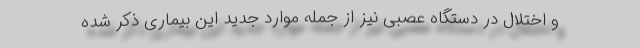
و اختلال در دستگاه عصبی نیز از جمله موارد جدید این بیماری ذکر شده